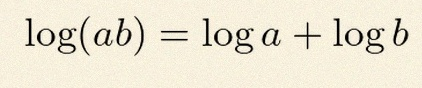
\log(ab)=\log a+\log b